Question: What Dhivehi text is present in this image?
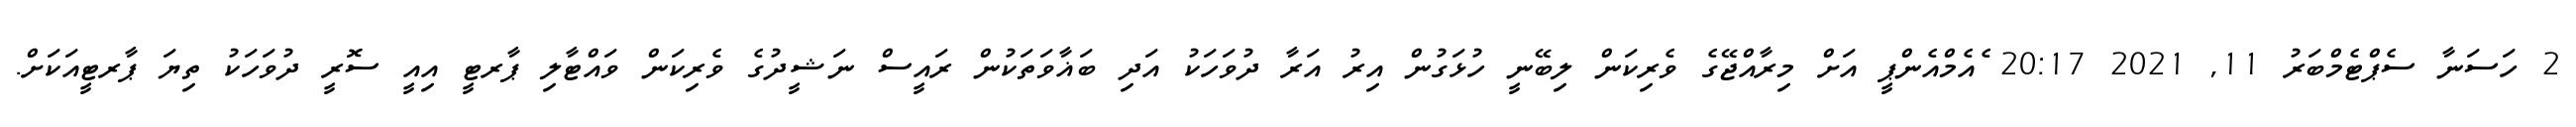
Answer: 2 ހަސަނާ ސެޕްޓެމްބަރު 11, 2021 20:17 ެއެމްއެންޕީ އަށް މިރާއްޖޭގެ ވެރިކަން ލިބޭނީ ހުޅަގުން އިރު އަރާ ދުވަހަކު އަދި ބަޣާވަތަކުން ރައީސް ނަޝީދުގެ ވެރިކަން ވައްޓާލި ޕާރޓީ އިއީ ސޮރީ ދުވަހަކު ތިޔަ ޕާރޓީއަކަށް.